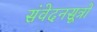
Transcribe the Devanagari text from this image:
संवेदनसूत्रों